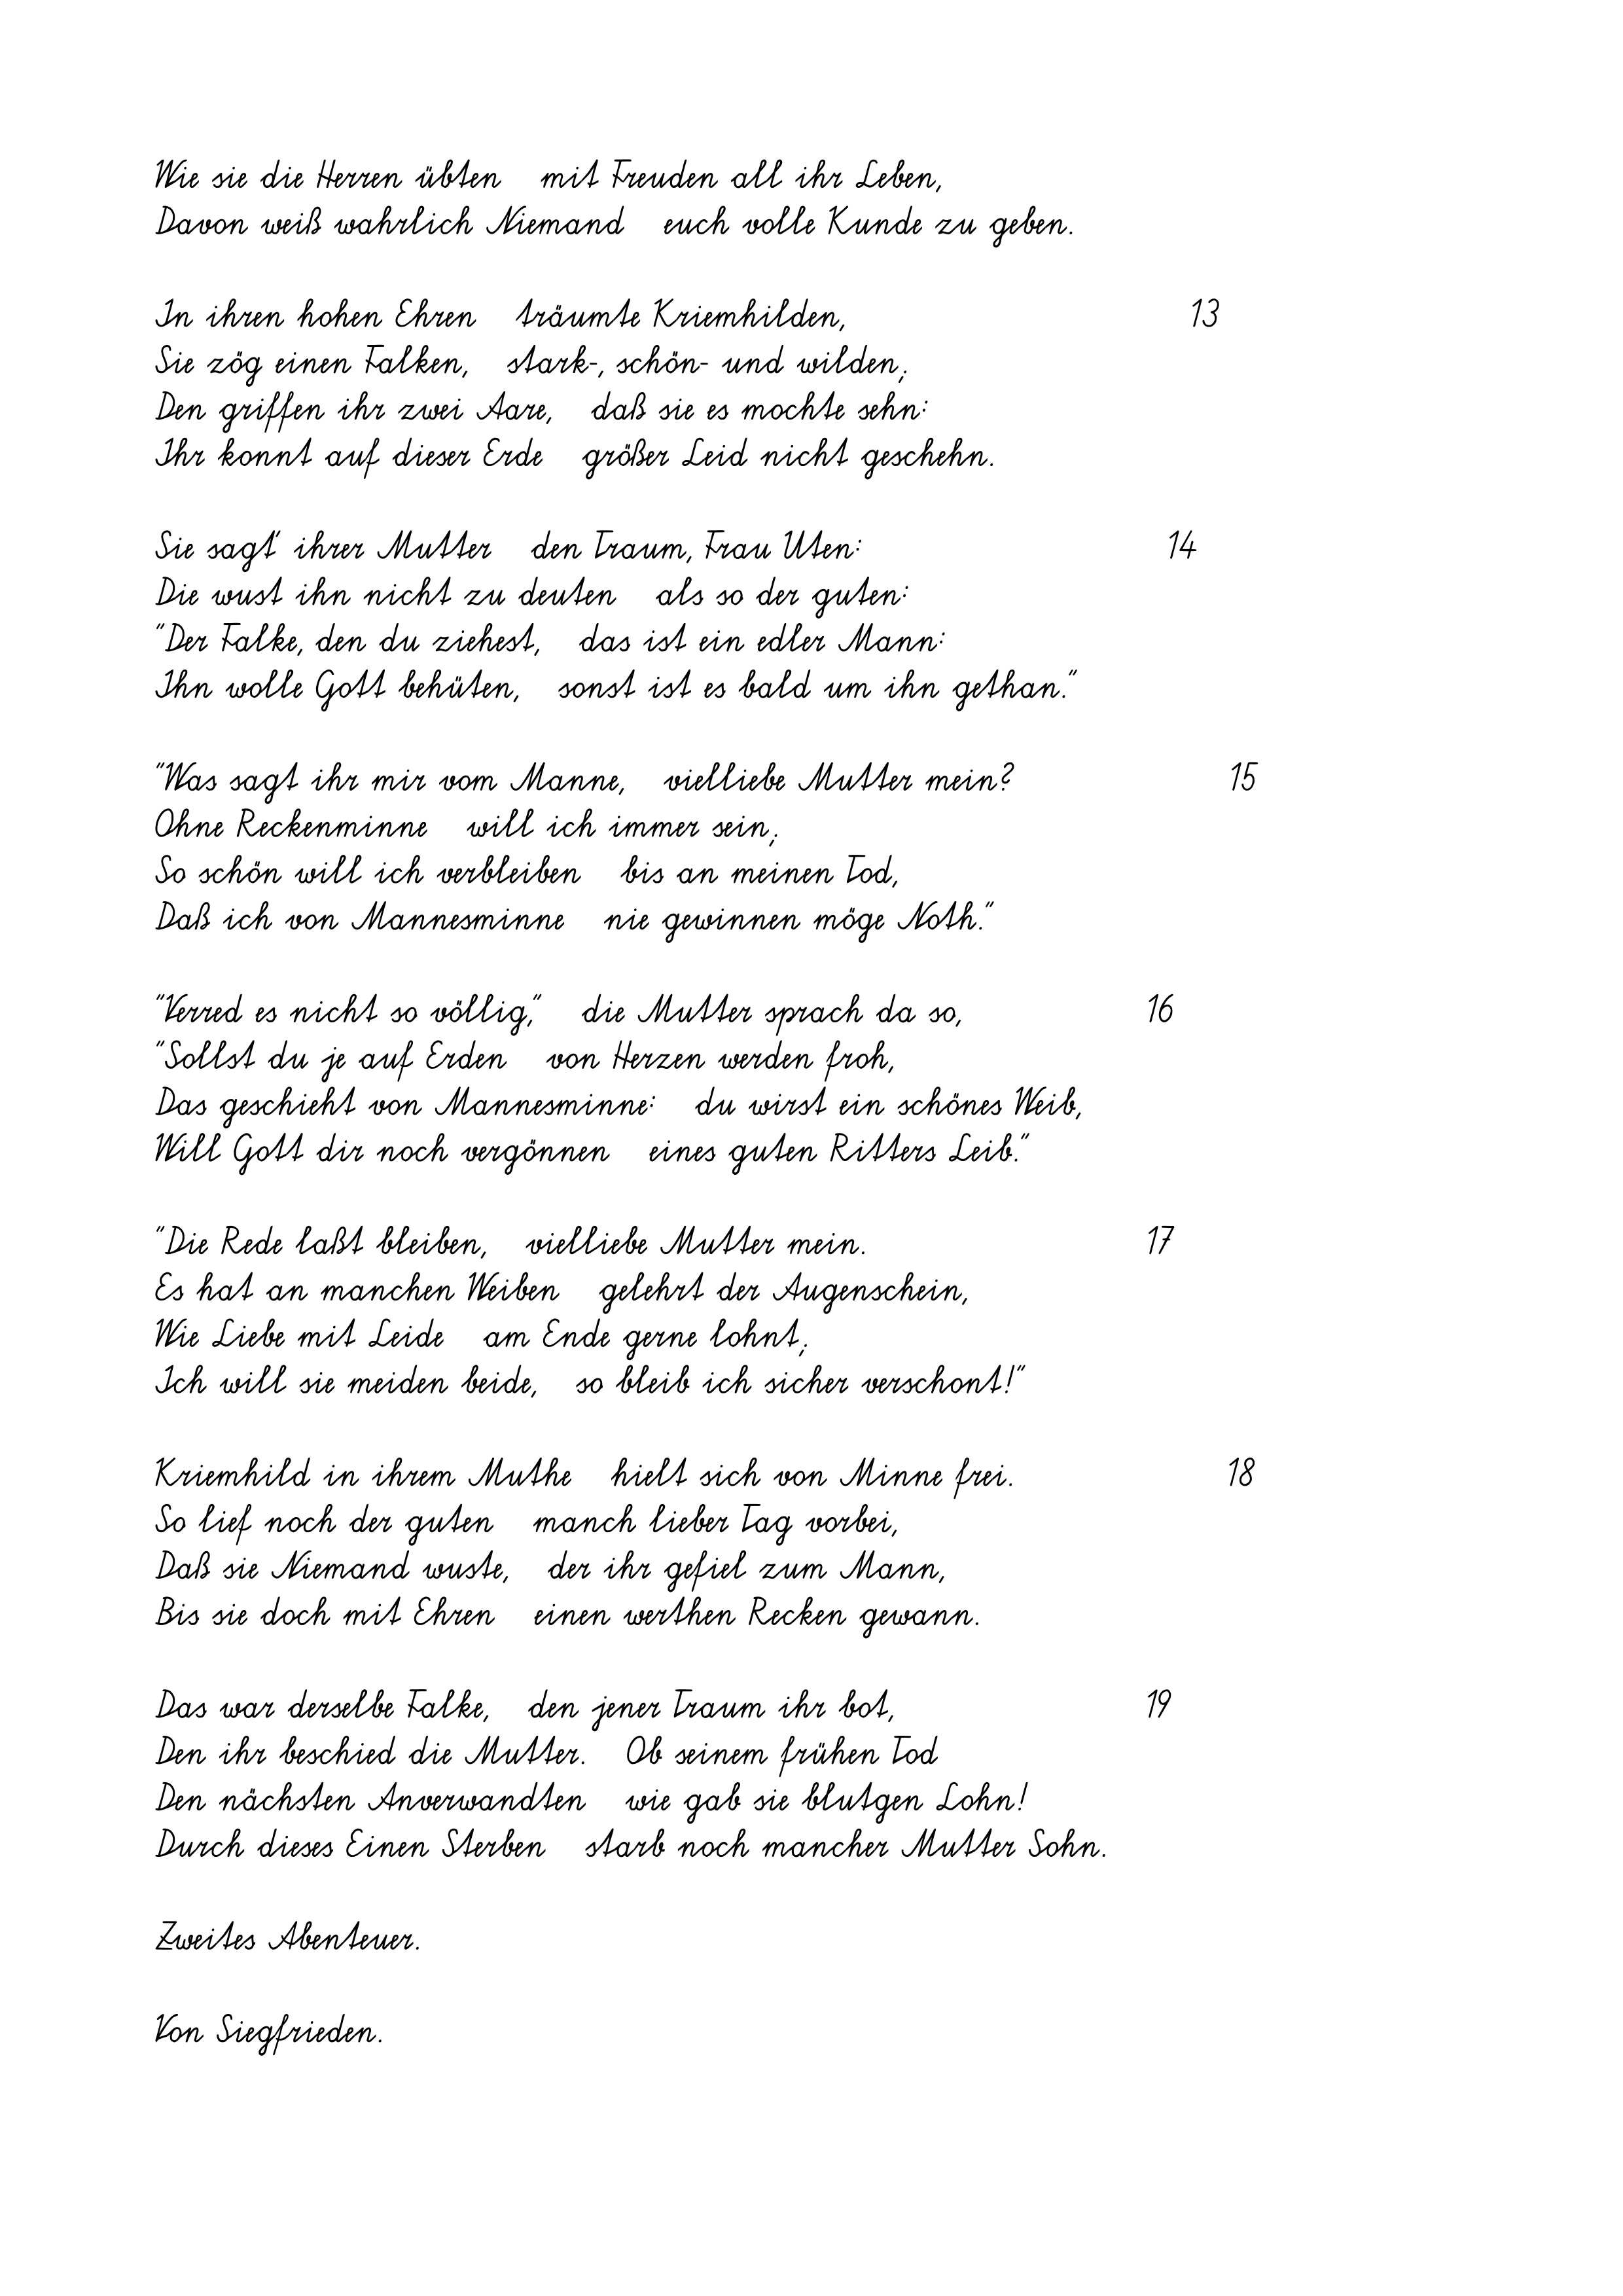
Wie sie die Herren übten   mit Freuden all ihr Leben,
Davon weiß wahrlich Niemand   euch volle Kunde zu geben.
In ihren hohen Ehren   träumte Kriemhilden,
Sie zög einen Falken,   stark-, schön- und wilden;
Den griffen ihr zwei Aare,   daß sie es mochte sehn:
Ihr konnt auf dieser Erde   größer Leid nicht geschehn.
Sie sagt' ihrer Mutter   den Traum, Frau Uten:
Die wust ihn nicht zu deuten   als so der guten:
"Der Falke, den du ziehest,   das ist ein edler Mann:
Ihn wolle Gott behüten,   sonst ist es bald um ihn gethan."
"Was sagt ihr mir vom Manne,   vielliebe Mutter mein?
Ohne Reckenminne   will ich immer sein;
So schön will ich verbleiben   bis an meinen Tod,
Daß ich von Mannesminne   nie gewinnen möge Noth."
"Verred es nicht so völlig,"   die Mutter sprach da so,
"Sollst du je auf Erden   von Herzen werden froh,
Das geschieht von Mannesminne:   du wirst ein schönes Weib,
Will Gott dir noch vergönnen   eines guten Ritters Leib."
"Die Rede laßt bleiben,   vielliebe Mutter mein.
Es hat an manchen Weiben   gelehrt der Augenschein,
Wie Liebe mit Leide   am Ende gerne lohnt;
Ich will sie meiden beide,   so bleib ich sicher verschont!"
Kriemhild in ihrem Muthe   hielt sich von Minne frei.
So lief noch der guten   manch lieber Tag vorbei,
Daß sie Niemand wuste,   der ihr gefiel zum Mann,
Bis sie doch mit Ehren   einen werthen Recken gewann.
Das war derselbe Falke,   den jener Traum ihr bot,
Den ihr beschied die Mutter.   Ob seinem frühen Tod
Den nächsten Anverwandten   wie gab sie blutgen Lohn!
Durch dieses Einen Sterben   starb noch mancher Mutter Sohn.
Zweites Abenteuer.
Von Siegfrieden.

16
17

14

13

18

15